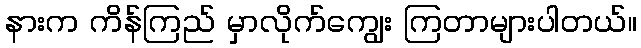
နားက ကိန်ကြည် မှာလိုက်ကျွေး ကြတာများပါတယ်။